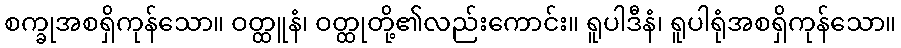
စက္ခုအစရှိကုန်သော။ ဝတ္ထူနံ၊ ဝတ္ထုတို့၏လည်းကောင်း။ ရူပါဒီနံ၊ ရူပါရုံအစရှိကုန်သော။